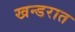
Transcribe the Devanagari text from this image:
खन्डरात